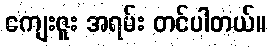
ကျေးဇူး အရမ်း တင်ပါတယ်။